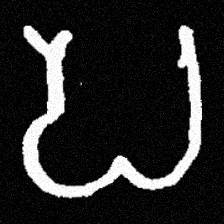
Pyu character \u2014 Myanmar letter: ပ (romanized: pa)